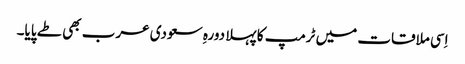
اِسی ملاقات میں ٹرمپ کا پہلا دورہِ سعودی عرب بھی طے پایا۔